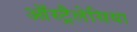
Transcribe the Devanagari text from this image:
ऑस्ट्रैलेसिया